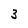
Character: 3